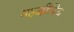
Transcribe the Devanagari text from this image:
महद्वीपिय